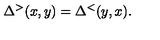
\Delta ^ { > } ( x , y ) = \Delta ^ { < } ( y , x ) .